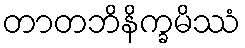
တာတဘိနိက္ခမိဿံ